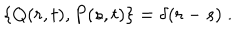
\left\{ Q ( r , t ) , P ( s , t ) \right\} = \delta ( r - s ) \; .